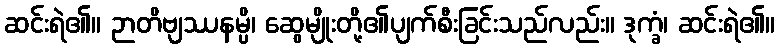
ဆင်းရဲ၏။ ဉာတိဗျဿနမ္ပိ၊ ဆွေမျိုးတို့၏ပျက်စီးခြင်းသည်လည်း။ ဒုက္ခံ၊ ဆင်းရဲ၏။